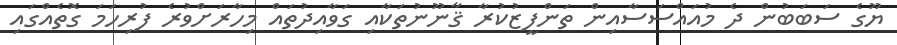
ޔޫގެ ސަބަބުން ދެ މުއައްސަސާއިން ތަންފީޒުކުރާ ޤާނޫނުތަކާއި ގަވާއިދުތައް މިހާރަށްވުރެ ފުރިހަމަ ގޮތެއްގައި